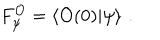
F _ { \psi } ^ { \mathcal { O } } = \left\langle \mathcal { O } ( 0 ) | \psi \right\rangle \, .